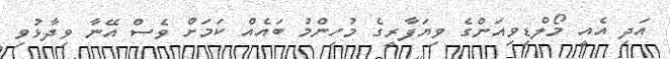
އަދި އެއީ މޯލްޑިވިއަންގެ ވިޔަފާރީގެ މުހިންމު ބައެއް ކަމަށް ވެސް އޭނާ ވިދާޅުވި